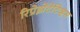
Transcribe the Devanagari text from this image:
रिप्रेझेंटेटिव्हस